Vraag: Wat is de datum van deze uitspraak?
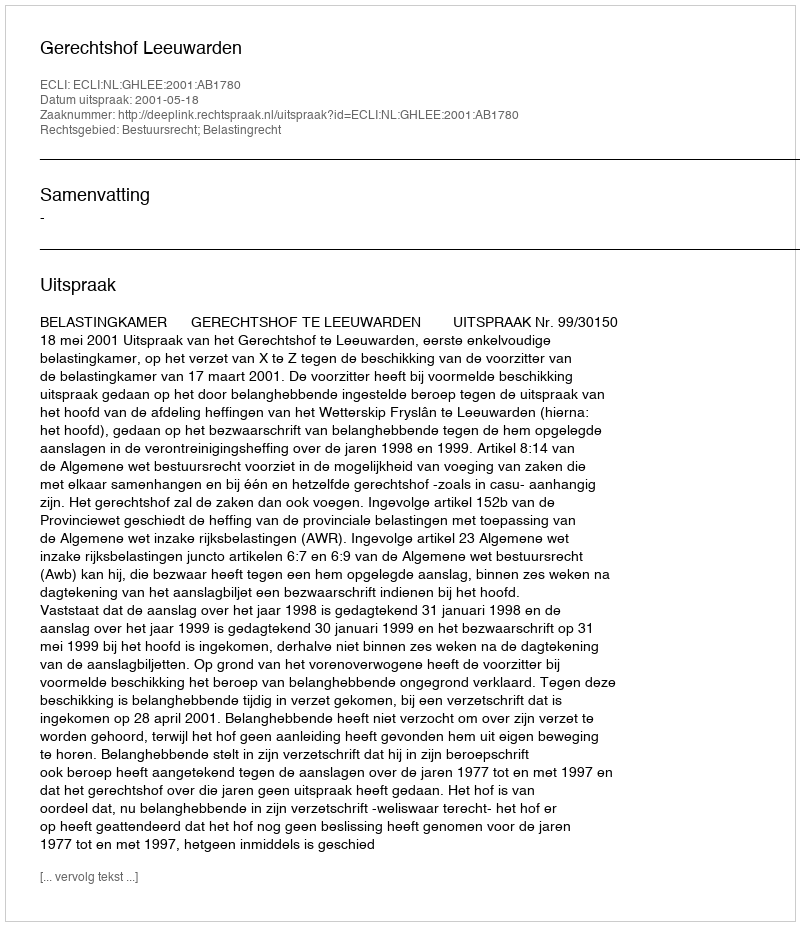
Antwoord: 2001-05-18